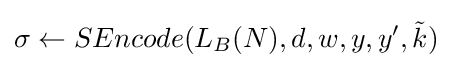
\sigma \leftarrow SEncode(L_{B}(N),d,w,y,y',{\tilde {k}})